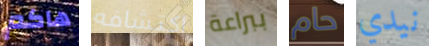
هاكم إكتشافه ببراعة حام نيدي